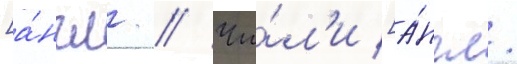
[а́нгл. // Чи́л'и [а́нгл.